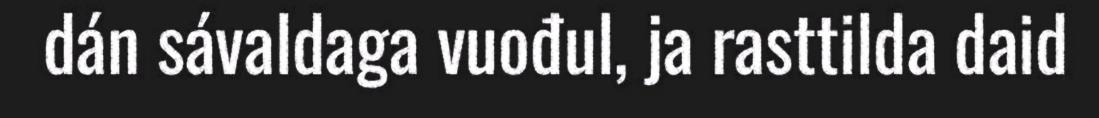
dán sávaldaga vuođul, ja rasttilda daid